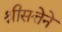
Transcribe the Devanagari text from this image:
श्रीसत्तेने